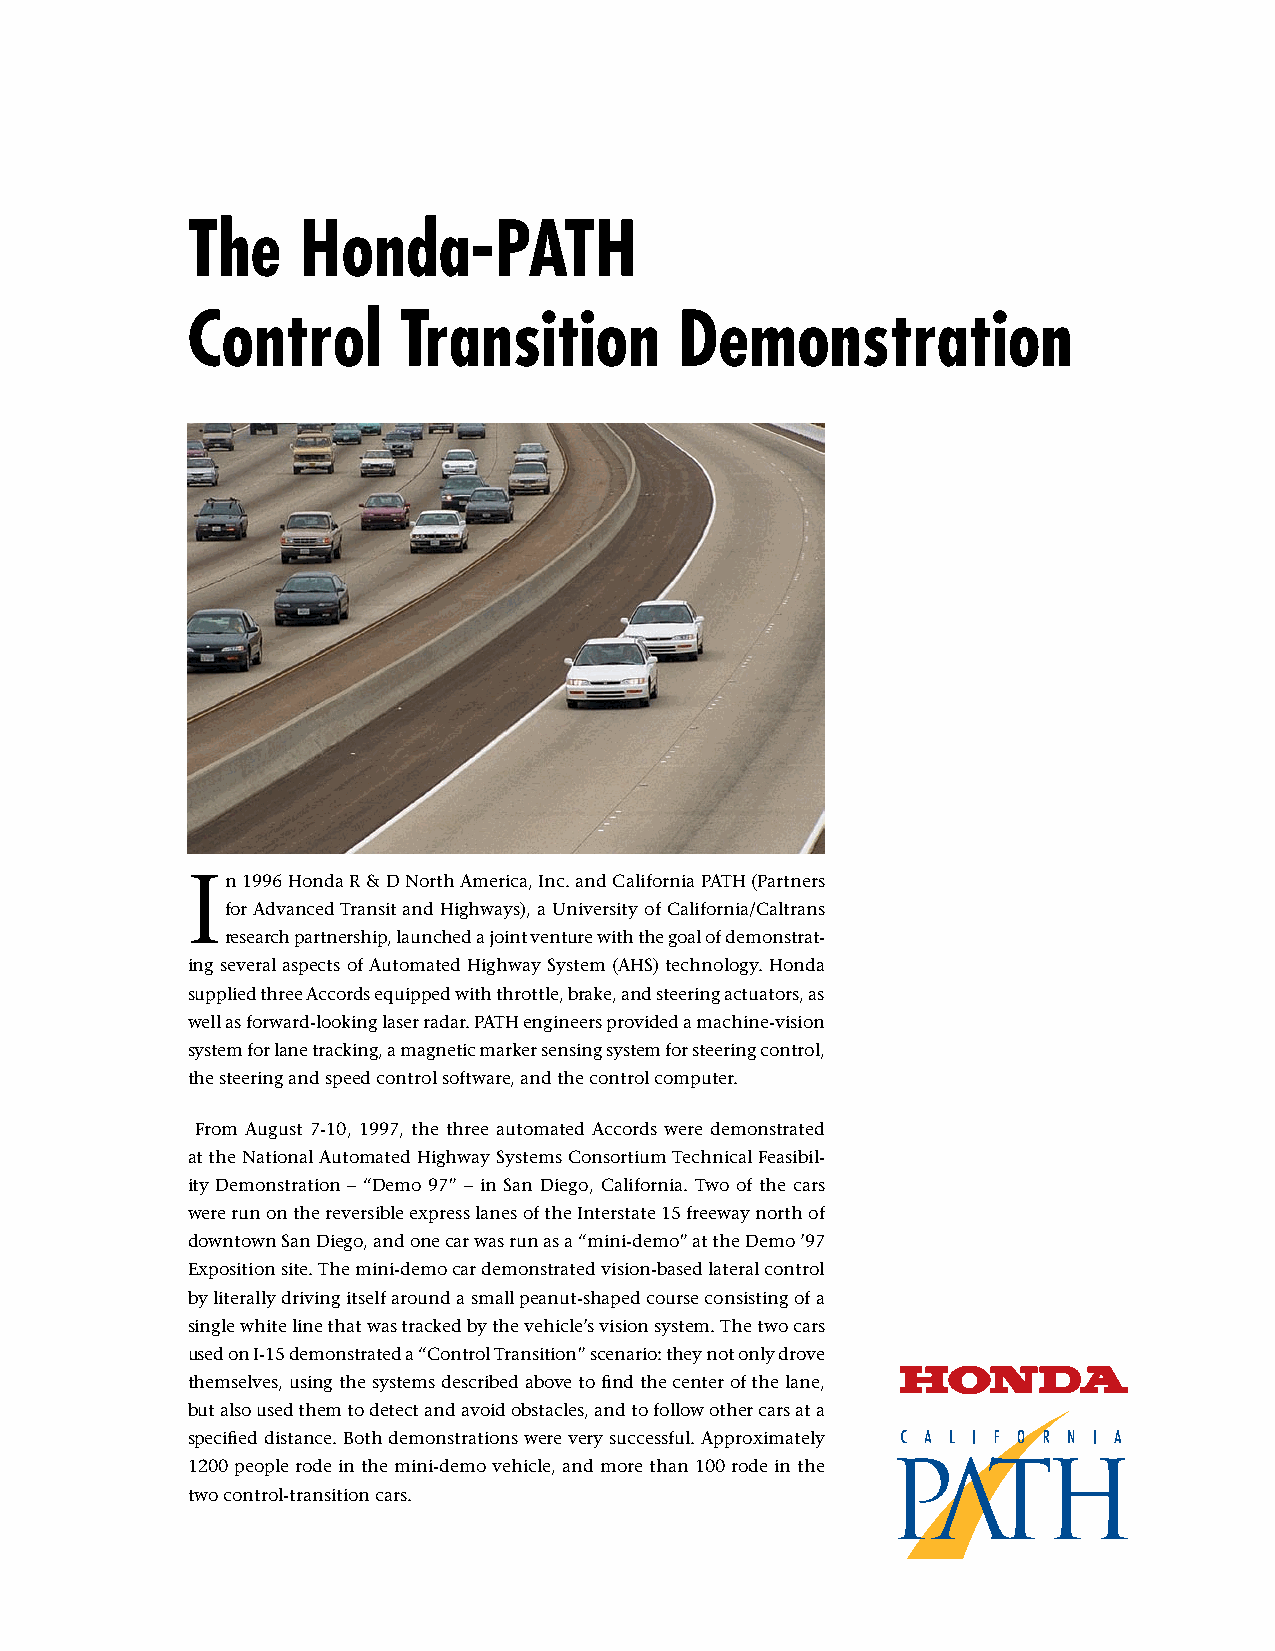
The     Honda-PATH
 Control       Transition         Demonstration
 In  1996 Honda R & D North America, Inc. and California PATH (Partners
 for Advanced Transit and Highways), a University of California/Caltrans
 research partnership, launched a joint venture with the goal of demonstrat-
 ing several aspects of Automated Highway System (AHS) technology. Honda
 supplied three Accords equipped with throttle, brake, and steering actuators, as
 well as forward-looking laser radar. PATH engineers provided a machine-vision
 system for lane tracking, a magnetic marker sensing system for steering control,
 the steering and speed control software, and the control computer.
 From August 7-10, 1997, the three automated Accords were demonstrated
 at the National Automated Highway Systems Consortium Technical Feasibil-
 ity Demonstration – “Demo 97” – in San Diego, California. Two of the cars
 were run on the reversible express lanes of the Interstate 15 freeway north of
 downtown San Diego, and one car was run as a “mini-demo” at the Demo ’97
 Exposition site. The mini-demo car demonstrated vision-based lateral control
 by literally driving itself around a small peanut-shaped course consisting of a
 single white line that was tracked by the vehicle’s vision system. The two cars
 used on I-15 demonstrated a “Control Transition” scenario: they not only drove
 themselves, using the systems described above to find the center of the lane,
 but also used them to detect and avoid obstacles, and to follow other cars at a
 specified distance. Both demonstrations were very successful. Approximately
 1200 people rode in the mini-demo vehicle, and more than 100 rode in the
 two control-transition cars.